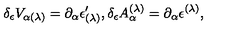
\delta _ { \epsilon } V _ { \alpha ( \lambda ) } = \partial _ { \alpha } \epsilon _ { ( \lambda ) } ^ { \prime } , \delta _ { \epsilon } A _ { \alpha } ^ { ( \lambda ) } = \partial _ { \alpha } \epsilon ^ { ( \lambda ) } ,